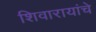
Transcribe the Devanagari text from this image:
शिवारायांचे